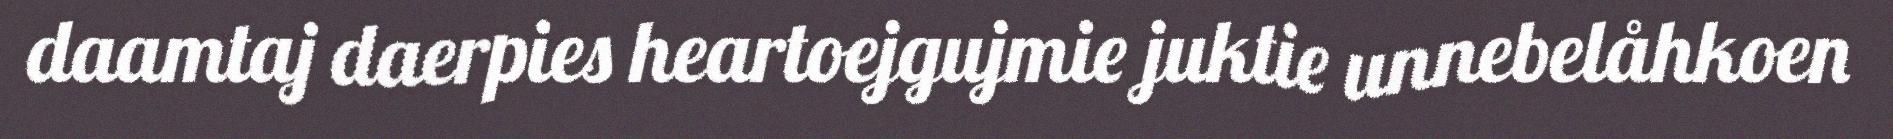
daamtaj daerpies heartoejgujmie juktie unnebelåhkoen